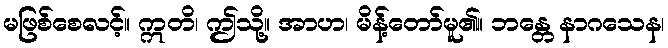
မဖြစ်စေလင့်။ ဣတိ၊ ဤသို့။ အာဟ၊ မိန့်တော်မူ၏။ ဘန္တေ နာဂသေန၊